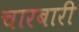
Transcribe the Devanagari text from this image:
चारबारी